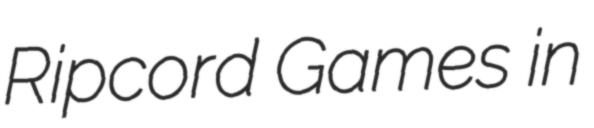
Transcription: Ripcord Games in